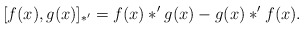
\begin{align*}[f(x),g(x)]_{\ast'} = f(x)*'g(x) - g(x)*'f(x).\end{align*}